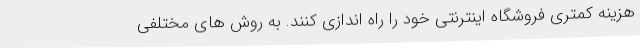
هزینه کمتری فروشگاه اینترنتی خود را راه اندازی کنند. به روش های مختلفی